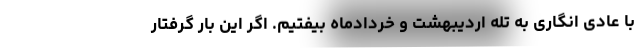
با عادی انگاری به تله اردیبهشت و خردادماه بیفتیم. اگر این بار گرفتار